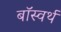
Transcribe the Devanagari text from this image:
बॉस्वर्थ